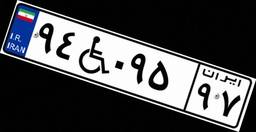
۹۴W۰۹۵۹۷